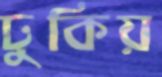
ঢুকিয়